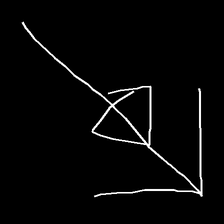
Glyph: pull